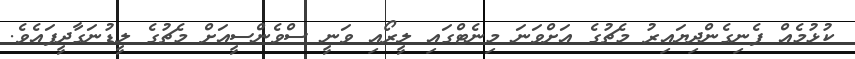
ކުޅުމެއް ފެނިގެންދިޔައިރު މެޗުގެ އަށްވަނަ މިނެޓްގައި ލީރޯއި ވަނީ ސްވެންސީއަށް މެޗުގެ ލީޑުނަގާދީފައެވެ.